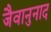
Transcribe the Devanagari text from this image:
जैवानुनाद